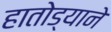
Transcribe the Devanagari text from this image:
हातोड्याने